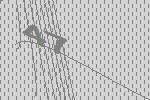
47